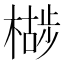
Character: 𣚷